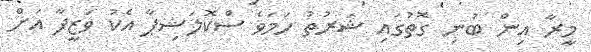
މީރާ އިން ބުނި ގޮތުގައި ޝަރުތު ހަމަވެ ސްކޮލަޝިޕާ އެކު ވަޒީފާ އަށް